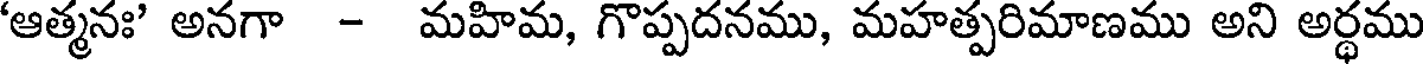
'ఆత్మనః' అనగా - మహిమ, గొప్పదనము, మహత్పరిమాణము అని అర్థము